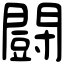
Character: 闘